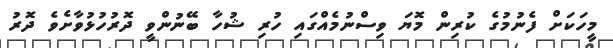
މީހަކަށް ފެނުމުގެ ކުރިން މޮޔަ ވިސްނުމެއްގައި ހުރި ޝުހާ ބޭނުންވީ ދޮރުހުޅުވާށެވެ ދޮރު